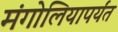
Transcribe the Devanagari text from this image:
मंगोलियापर्यंत